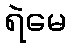
ရဲမေ